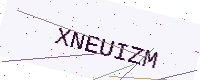
Text: XNEUIZM